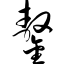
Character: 鏊